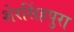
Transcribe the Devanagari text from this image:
शेरसिंहपुरा